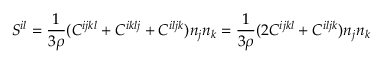
{ \cal S } ^ { i l } = \frac 1 { 3 \rho } ( C ^ { i j k l } + C ^ { i k l j } + C ^ { i l j k } ) n _ { j } n _ { k } = \frac 1 { 3 \rho } ( 2 C ^ { i j k l } + C ^ { i l j k } ) n _ { j } n _ { k }